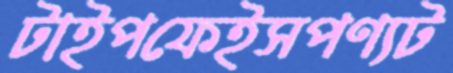
টাইপফেইসপণ্যট